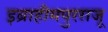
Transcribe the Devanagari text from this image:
इब्राहीमपुरराजू